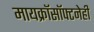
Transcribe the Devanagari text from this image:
मायक्रॉसॉफ्टनेही